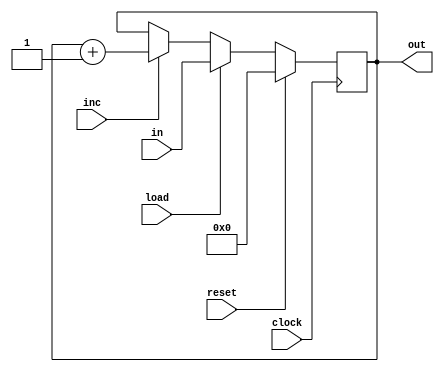
// This program was cloned from: https://github.com/Manistein/let-us-build-a-computer-system
// License: MIT License

`ifndef _hpc_h_
`define _hpc_h_

`timescale 1ns / 1ps
//////////////////////////////////////////////////////////////////////////////////
// Company: 
// Engineer: 
// 
// Design Name: 
// Module Name:    hPC 
// Project Name: 
// Target Devices: 
// Tool versions: 
// Description: 
//
// Dependencies: 
//
// Revision: 
// Revision 0.01 - File Created
// Additional Comments: 
//
//////////////////////////////////////////////////////////////////////////////////
module hPC(
    input [15:0] in,
    input load,
    input inc,
    input reset,
	 input clock,
    output [15:0] out
    );

	reg [15:0] h_reg;
	wire [15:0] reg_next;
	
	always @(posedge clock) begin
		if (reset == 1) begin
			h_reg <= 0;
		end else if (load == 1) begin
			h_reg <= in;
		end else if (inc == 1) begin
			h_reg <= h_reg + 16'b1;
		end else begin
			h_reg <= reg_next;
		end
		
		$write("hPC::h_reg %x reg_next %x\n", h_reg, reg_next);
	end
	
	assign reg_next = h_reg;
	assign out = h_reg;

endmodule

`endif